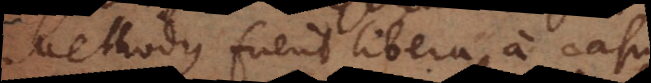
Methodus fuerit libera a casu